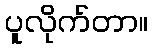
ပူလိုက်တာ။